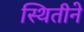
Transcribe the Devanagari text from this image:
स्थितीने